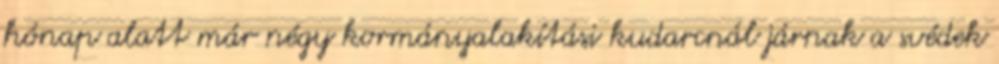
hónap alatt már négy kormányalakítási kudarcnál járnak a svédek